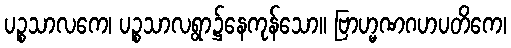
ပဉ္စသာလကေ၊ ပဉ္စသာလရွာ၌နေကုန်သော။ ဗြာဟ္မဏဂဟပတိကေ၊